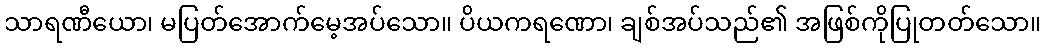
သာရဏီယော၊ မပြတ်အောက်မေ့အပ်သော။ ပိယကရဏော၊ ချစ်အပ်သည်၏ အဖြစ်ကိုပြုတတ်သော။